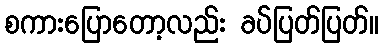
စကားပြောတော့လည်း ခပ်ပြတ်ပြတ်။